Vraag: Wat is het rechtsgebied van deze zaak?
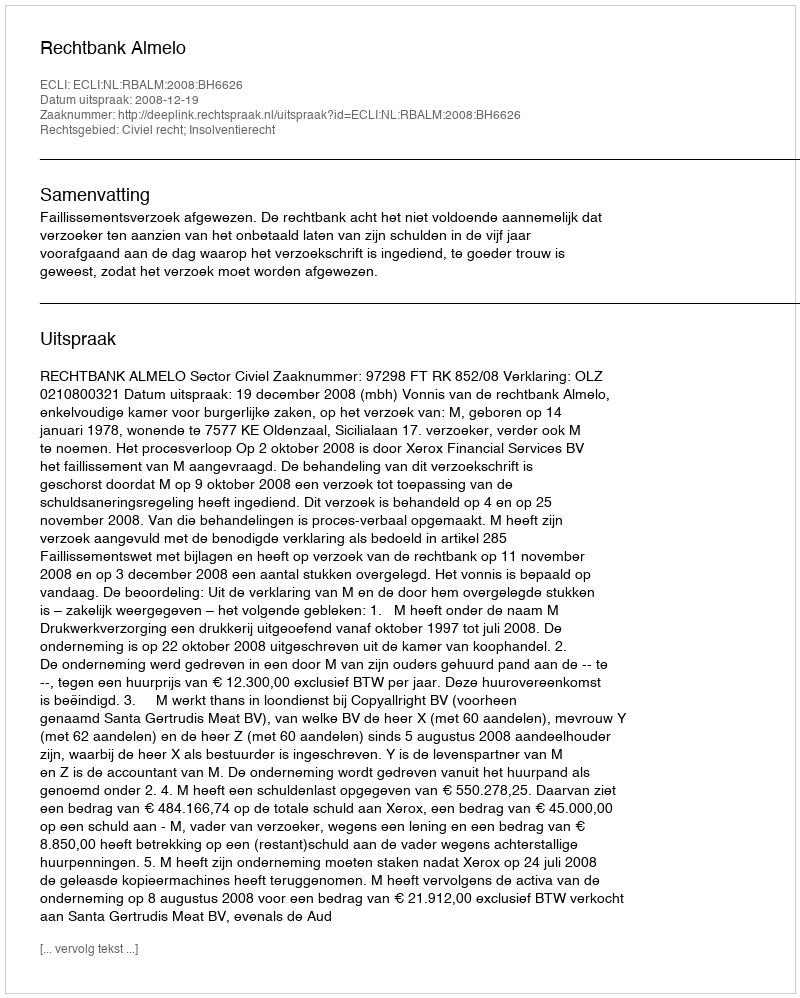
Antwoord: Civiel recht; Insolventierecht